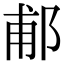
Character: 郙